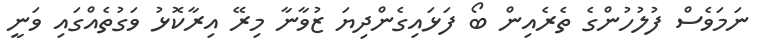
ނަމަވެސް ފުލުހުންގެ ތެރެއިން ބޯ ފަޅައިގެންދިޔަ ޒުވާނާ މިރޭ އިރާކޮޅު ވަގުތެއްގައި ވަނީ